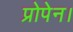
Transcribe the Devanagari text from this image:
प्रोपेन।